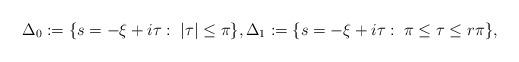
LaTeX: \begin{align*}\Delta_0:=\{s=-\xi+i\tau:\; |\tau|\leq \pi\}, \Delta_1:=\{s=-\xi+i\tau:\; \pi\leq \tau\leq r\pi\},\end{align*}